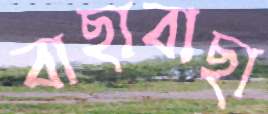
বাছাবাছা